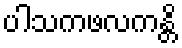
ပါသကဖလကန္တိ